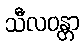
သီလဝန္တာ